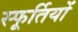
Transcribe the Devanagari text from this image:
स्फूर्तियों